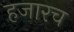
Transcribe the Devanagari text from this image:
हजारच